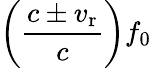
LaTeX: \left({\frac{c\pm v_{\mathrm{r}}}{c}}\right)f_{0}